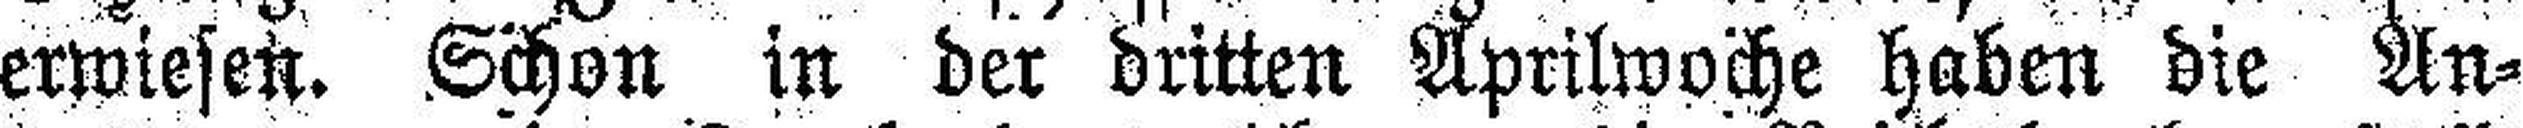
erwiesen. Schon in der dritten Aprilwoche haben die An¬